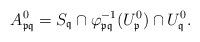
LaTeX: \begin{align*}A^0_{\frak p\frak q} =S_{\frak q} \cap \varphi_{\frak p\frak q}^{-1}(U^0_{\frak p}) \cap U_{\frak q}^0.\end{align*}